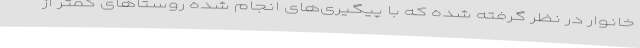
خانوار در نظر گرفته شده که با پیگیری‌های انجام شده روستاهای کمتر از